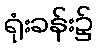
ရုံးခန်း၌